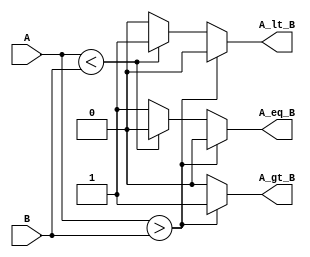
module ParameterizedComparator #(
    parameter WIDTH = 8  // Default width is 8 bits
)(
    input  wire [WIDTH-1:0] A,  // First input value
    input  wire [WIDTH-1:0] B,  // Second input value
    output reg  A_gt_B,          // A greater than B
    output reg  A_lt_B,          // A less than B
    output reg  A_eq_B           // A equal to B
);

    // Combinational logic for comparison
    always @* begin
        // Initialize outputs
        A_gt_B = 1'b0;
        A_lt_B = 1'b0;
        A_eq_B = 1'b0;

        // Compare the values
        if (A > B) begin
            A_gt_B = 1'b1;
        end else if (A < B) begin
            A_lt_B = 1'b1;
        end else begin
            A_eq_B = 1'b1;
        end
    end

endmodule